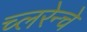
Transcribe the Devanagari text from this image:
च्लरेन्चे